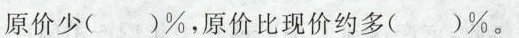
原价比现价约多()%。